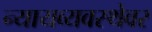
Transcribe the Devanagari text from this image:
न्यायव्यवस्थेवर